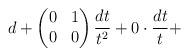
LaTeX: \begin{align*}d+\begin{pmatrix}0 & 1 \\0 & 0 \end{pmatrix} \frac{dt}{t^2} +0\cdot \frac{dt}{t} + \end{align*}